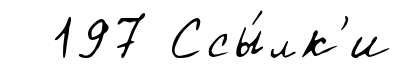
197 Ссы́лк'и